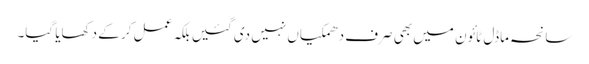
سانحہ ماڈل ٹائون میں بھی صرف دھمکیاں نہیں دی گئیں بلکہ عمل کر کے دکھایا گیا۔